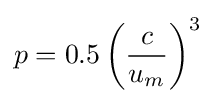
p=0.5\left({\frac {c}{u_{m}}}\right)^{3}